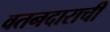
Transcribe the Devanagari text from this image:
वतनदाराची